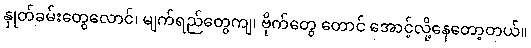
နှုတ်ခမ်းတွေလောင်၊ မျက်ရည်တွေကျ၊ ဗိုက်တွေ တောင် အောင့်လို့နေတော့တယ်။